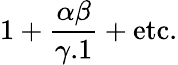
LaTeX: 1+{\frac{\alpha\beta}{\gamma.1}}+{\mathrm{etc.}}